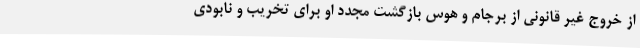
از خروج غیر قانونی از برجام و هوس بازگشت مجدد او برای تخریب و نابودی